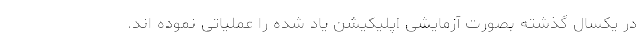
در یکسال گذشته بصورت آزمایشی اپلیکیشن یاد شده را عملیاتی نموده اند.